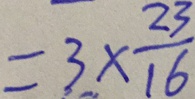
= 3 \times \frac { 2 3 } { 1 6 }